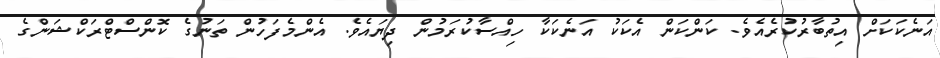
އަނެކަކަށް އިތުބާރުކުރެއެވެ. ކަންކަން އެކަކު އަނެކަކާ ހިއްސާކުރަމުން ދިޔައެވެ. އެންމެފަހުން ތަނުގެ ކޮންސްޓްރަކްޝަންގެ